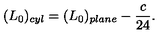
( L _ { 0 } ) _ { c y l } = ( L _ { 0 } ) _ { p l a n e } - \frac { c } { 2 4 } .